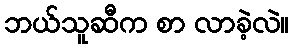
ဘယ်သူဆီက စာ လာခဲ့လဲ။